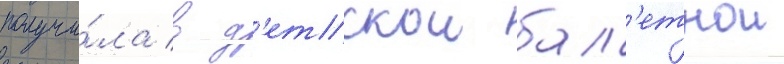
получи́ла в д'етскои бал'етнои